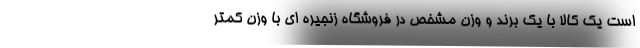
است یک کالا با یک برند و وزن مشخص در فروشگاه زنجیره ای با وزن کمتر